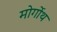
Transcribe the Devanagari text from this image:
मोर्गोथ